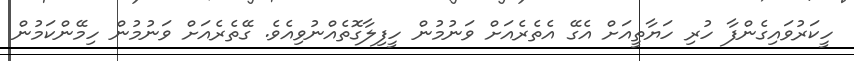
ހީކަރުވައިގެންފާ ހުރި ހަޔާތީއަށް އެގޭ އެތެރެއަށް ވަނުމުން ހީފިލާގޮތެއްނުވިއެވެ. ގޭތެރެއަށް ވަނުމުން ހިމޭންކަމުން